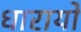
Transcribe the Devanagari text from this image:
धारायो